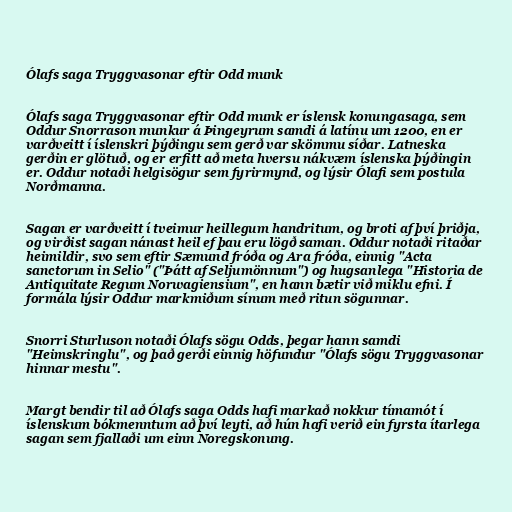
Ólafs saga Tryggvasonar eftir Odd munk

Ólafs saga Tryggvasonar eftir Odd munk er íslensk konungasaga, sem
Oddur Snorrason munkur á Þingeyrum samdi á latínu um 1200, en er
varðveitt í íslenskri þýðingu sem gerð var skömmu síðar. Latneska
gerðin er glötuð, og er erfitt að meta hversu nákvæm íslenska þýðingin
er. Oddur notaði helgisögur sem fyrirmynd, og lýsir Ólafi sem postula
Norðmanna.

Sagan er varðveitt í tveimur heillegum handritum, og broti af því þriðja,
og virðist sagan nánast heil ef þau eru lögð saman. Oddur notaði ritaðar
heimildir, svo sem eftir Sæmund fróða og Ara fróða, einnig "Acta
sanctorum in Selio" ("Þátt af Seljumönnum") og hugsanlega "Historia de
Antiquitate Regum Norwagiensium", en hann bætir við miklu efni. Í
formála lýsir Oddur markmiðum sínum með ritun sögunnar.

Snorri Sturluson notaði Ólafs sögu Odds, þegar hann samdi
"Heimskringlu", og það gerði einnig höfundur "Ólafs sögu Tryggvasonar
hinnar mestu".

Margt bendir til að Ólafs saga Odds hafi markað nokkur tímamót í
íslenskum bókmenntum að því leyti, að hún hafi verið ein fyrsta ítarlega
sagan sem fjallaði um einn Noregskonung.